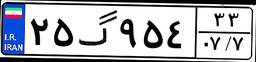
۲۵گ۹۵۴۳۳